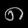
Digit: ၈